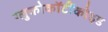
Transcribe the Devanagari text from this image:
ग्लुकोकॉर्टीकोइड